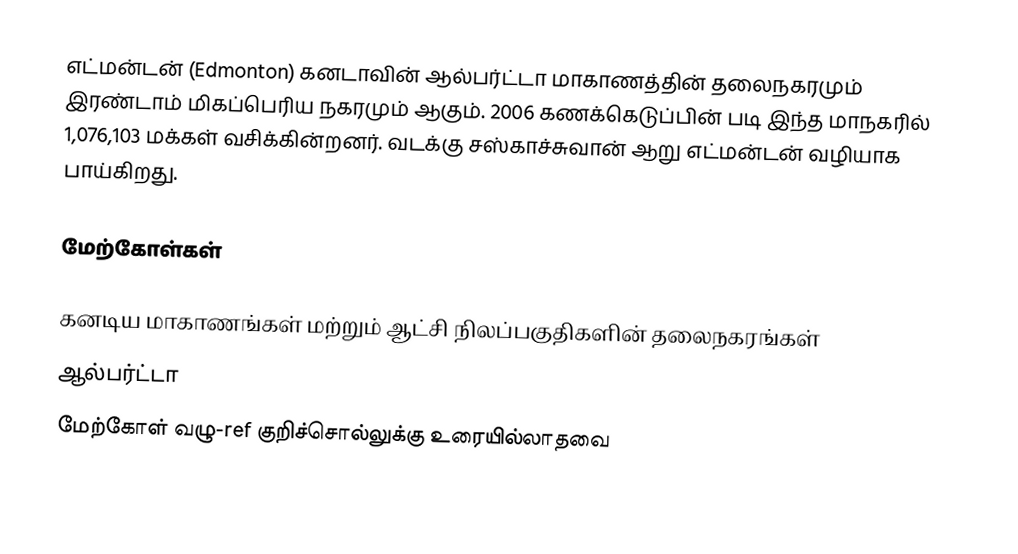
எட்மன்டன் (Edmonton) கனடாவின் ஆல்பர்ட்டா மாகாணத்தின் தலைநகரமும் இரண்டாம் மிகப்பெரிய நகரமும் ஆகும். 2006 கணக்கெடுப்பின் படி இந்த மாநகரில் 1,076,103 மக்கள் வசிக்கின்றனர். வடக்கு சஸ்காச்சுவான் ஆறு எட்மன்டன் வழியாக பாய்கிறது.

மேற்கோள்கள்

கனடிய மாகாணங்கள் மற்றும் ஆட்சி நிலப்பகுதிகளின் தலைநகரங்கள்
ஆல்பர்ட்டா
மேற்கோள் வழு-ref குறிச்சொல்லுக்கு உரையில்லாதவை